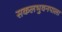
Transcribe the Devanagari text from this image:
सकलभुवनपाला